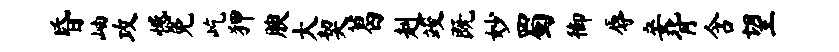
昏岫攻憾免屹狎腴大契葛赳竣既妙蜀御辱妾背含望